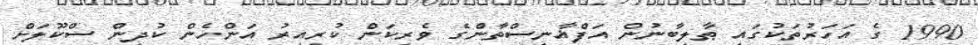
1990 ގެ އަހަރުތަކުގައި ޠާލިބާނުން އަފްޣާނިސްތާންގެ ވެރިކަން ކުރިއިރު އަންހެން ކުދިން ސްކޫލަށް